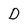
Character: D